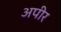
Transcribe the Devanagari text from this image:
अपीर